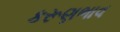
કરૂણભાવ